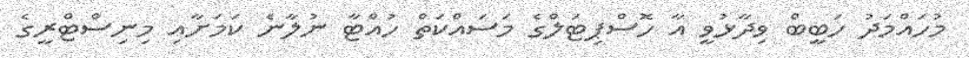
މުހައްމަދު ހަބީބް ވިދާޅުވީ އާ ހޮސްޕިޓަލްގެ މަސައްކަތް ހުއްޓާ ނުލާނެ ކަމަށާއި މިނިސްޓްރީގެ